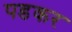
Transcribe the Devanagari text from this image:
पडकर